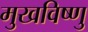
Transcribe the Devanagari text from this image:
मुखविष्णु